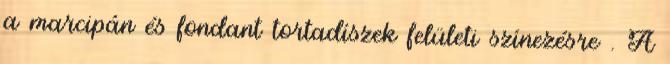
a marcipán és fondant tortadíszek felületi színezésre . A